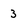
Character: 3